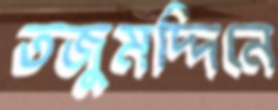
তজুমদ্দিনে